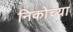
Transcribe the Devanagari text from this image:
निकोच्या